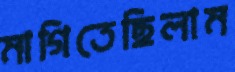
মাগিতেছিলাম